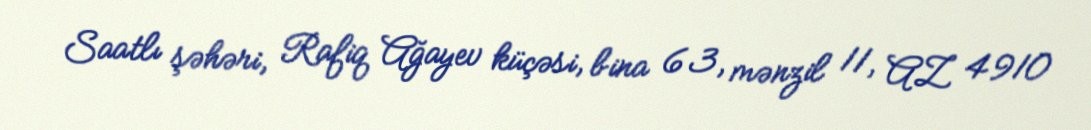
Saatlı şəhəri, Rafiq Ağayev küçəsi, bina 63, mənzil 11, AZ 4910